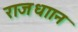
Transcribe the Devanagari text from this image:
राजधाान